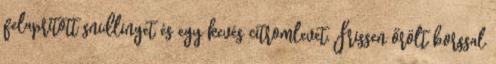
felaprított snidlinget és egy kevés citromlevet. Frissen őrölt borssal